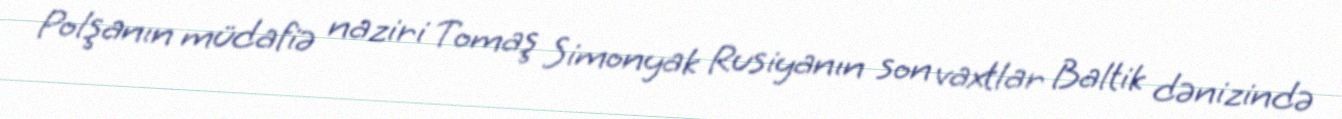
Polşanın müdafiə naziri Tomaş Simonyak Rusiyanın son vaxtlar Baltik dənizində